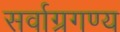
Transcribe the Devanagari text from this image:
सर्वाग्रगण्य